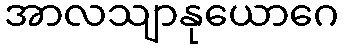
အာလသျာနုယောဂေ